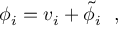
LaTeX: \phi _ { i } = v _ { i } + \tilde { \phi } _ { i } ~ ~ ,